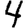
Digit: 4